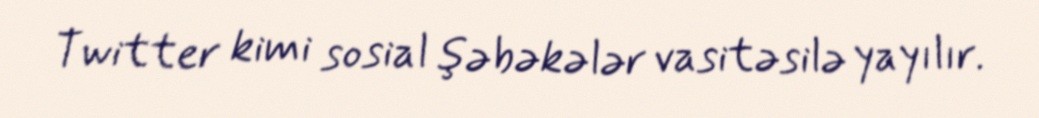
Twitter kimi sosial şəbəkələr vasitəsilə yayılır.